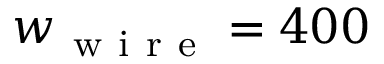
w _ { \mathrm { ~ w ~ i ~ r ~ e ~ } } = 4 0 0